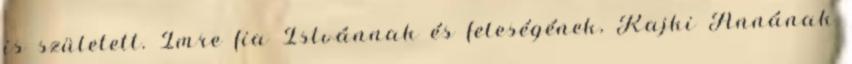
is született. Imre fia Istvánnak és feleségének, Rajki Annának